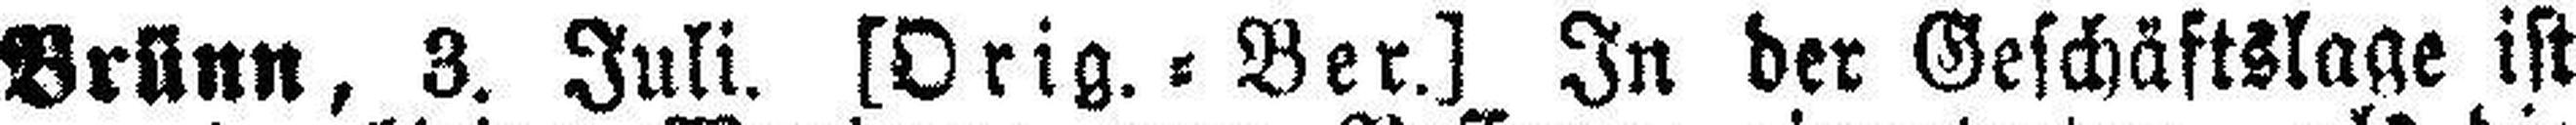
Brünn, 3. Juli. [Orig. = Ber.] In der Geschäftslage ist